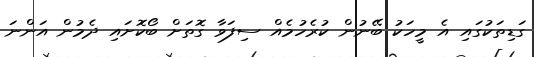
ގަޑިތަކުގައި އެ މީހަކު ބޭނުން ކުރެހުމެއް ސިފަވާ ގޮތަށް ބޯކޮށައި ދެމުން އަންނަ